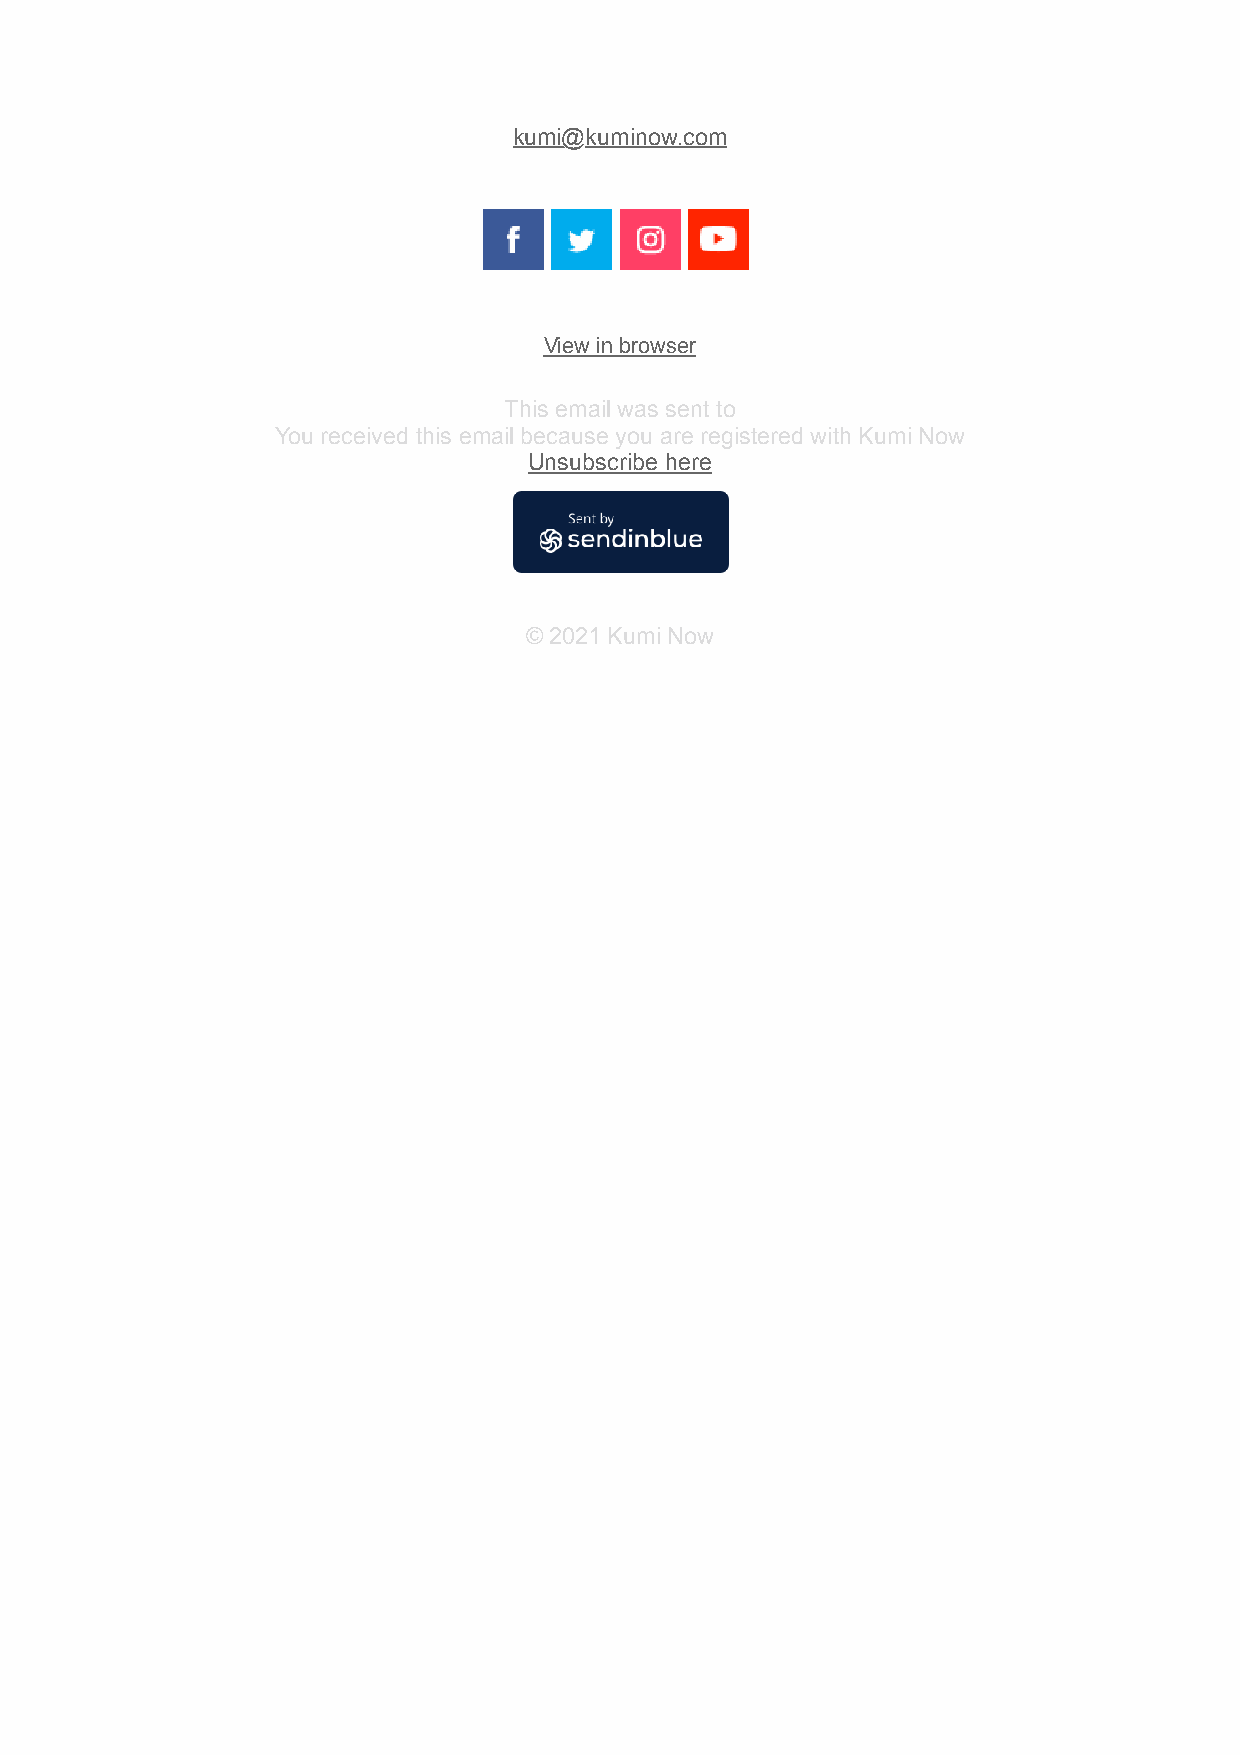
kumi@kuminow.com
 View in browser
 This email was sent to
 You received this email because you are registered with Kumi Now
 Unsubscribe here
 © 2021 Kumi Now